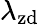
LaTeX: \lambda_{\mathrm{zd}}